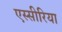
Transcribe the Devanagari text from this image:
एस्सीरिया